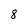
Character: 8